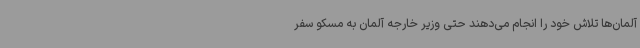
آلمان‌ها تلاش خود را انجام می‌دهند حتی وزیر خارجه آلمان به مسکو سفر